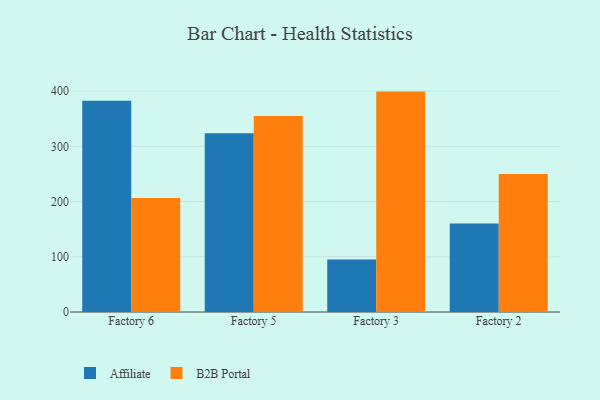
{"axis": {"x": "Factory", "y": "Market Share (%)"}, "legend": ["Affiliate", "B2B Portal"], "data": [{"x": "Factory 6", "y": 382.5, "type": "Affiliate"}, {"x": "Factory 6", "y": 206.5, "type": "B2B Portal"}, {"x": "Factory 5", "y": 323.7, "type": "Affiliate"}, {"x": "Factory 5", "y": 354.7, "type": "B2B Portal"}, {"x": "Factory 3", "y": 95.0, "type": "Affiliate"}, {"x": "Factory 3", "y": 399.1, "type": "B2B Portal"}, {"x": "Factory 2", "y": 160.1, "type": "Affiliate"}, {"x": "Factory 2", "y": 249.7, "type": "B2B Portal"}]}